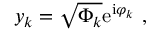
y _ { k } = \sqrt { \Phi _ { k } } \mathrm { e } ^ { \mathrm { i } \varphi _ { k } } \ ,